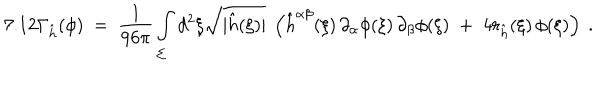
LaTeX: 7 . 1 2 \Gamma _ { \hat { h } } ( \phi ) \ = \ \frac { 1 } { 9 6 \pi } \int _ { \Sigma } d ^ { 2 } \xi \sqrt { | \hat { h } ( \xi ) | } \ \left( \hat { h } ^ { \alpha \beta } ( \xi ) \, \partial _ { \alpha } \phi ( \xi ) \, \partial _ { \beta } \phi ( \xi ) \; + \; 4 r _ { \hat { h } } ( \xi ) \, \phi ( \xi ) \right) \ .